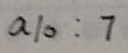
a 1 0 : 7